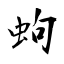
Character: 蚼